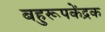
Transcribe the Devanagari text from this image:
बहुरूपकेंद्रक